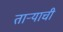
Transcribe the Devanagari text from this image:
ताऱ्‍याची